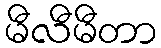
မီလီမီတာ